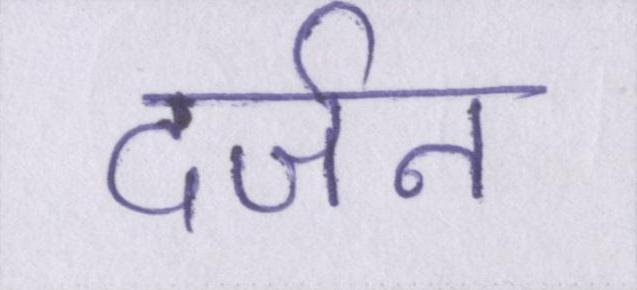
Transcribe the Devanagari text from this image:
दर्जन